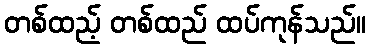
တစ်ထည့် တစ်ထည် ထပ်ကုန်သည်။